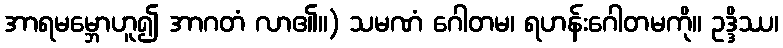
အာရမမ္ဘောဟူ၍ အာဂတံ လာ၏။) သမဏံ ဂေါတမ၊ ရဟန်းဂေါတမကို။ ဥဒ္ဒိဿ၊